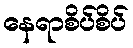
နေရာစိပ်စိပ်